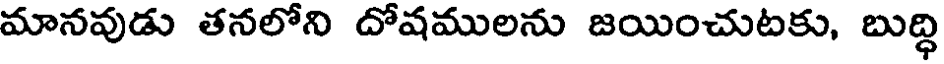
మానవుడు తనలోని దోషములను జయించుటకు, బుద్ధి